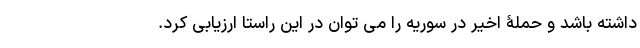
داشته باشد و حملۀ اخیر در سوریه را می توان در این راستا ارزیابی کرد.